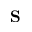
\mathbf { S }